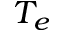
T _ { e }